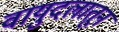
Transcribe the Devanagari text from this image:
वायुदलातून